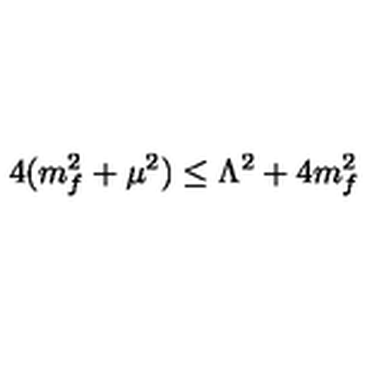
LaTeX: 4 ( m _ { f } ^ { 2 } + \mu ^ { 2 } ) \le \Lambda ^ { 2 } + 4 m _ { f } ^ { 2 }